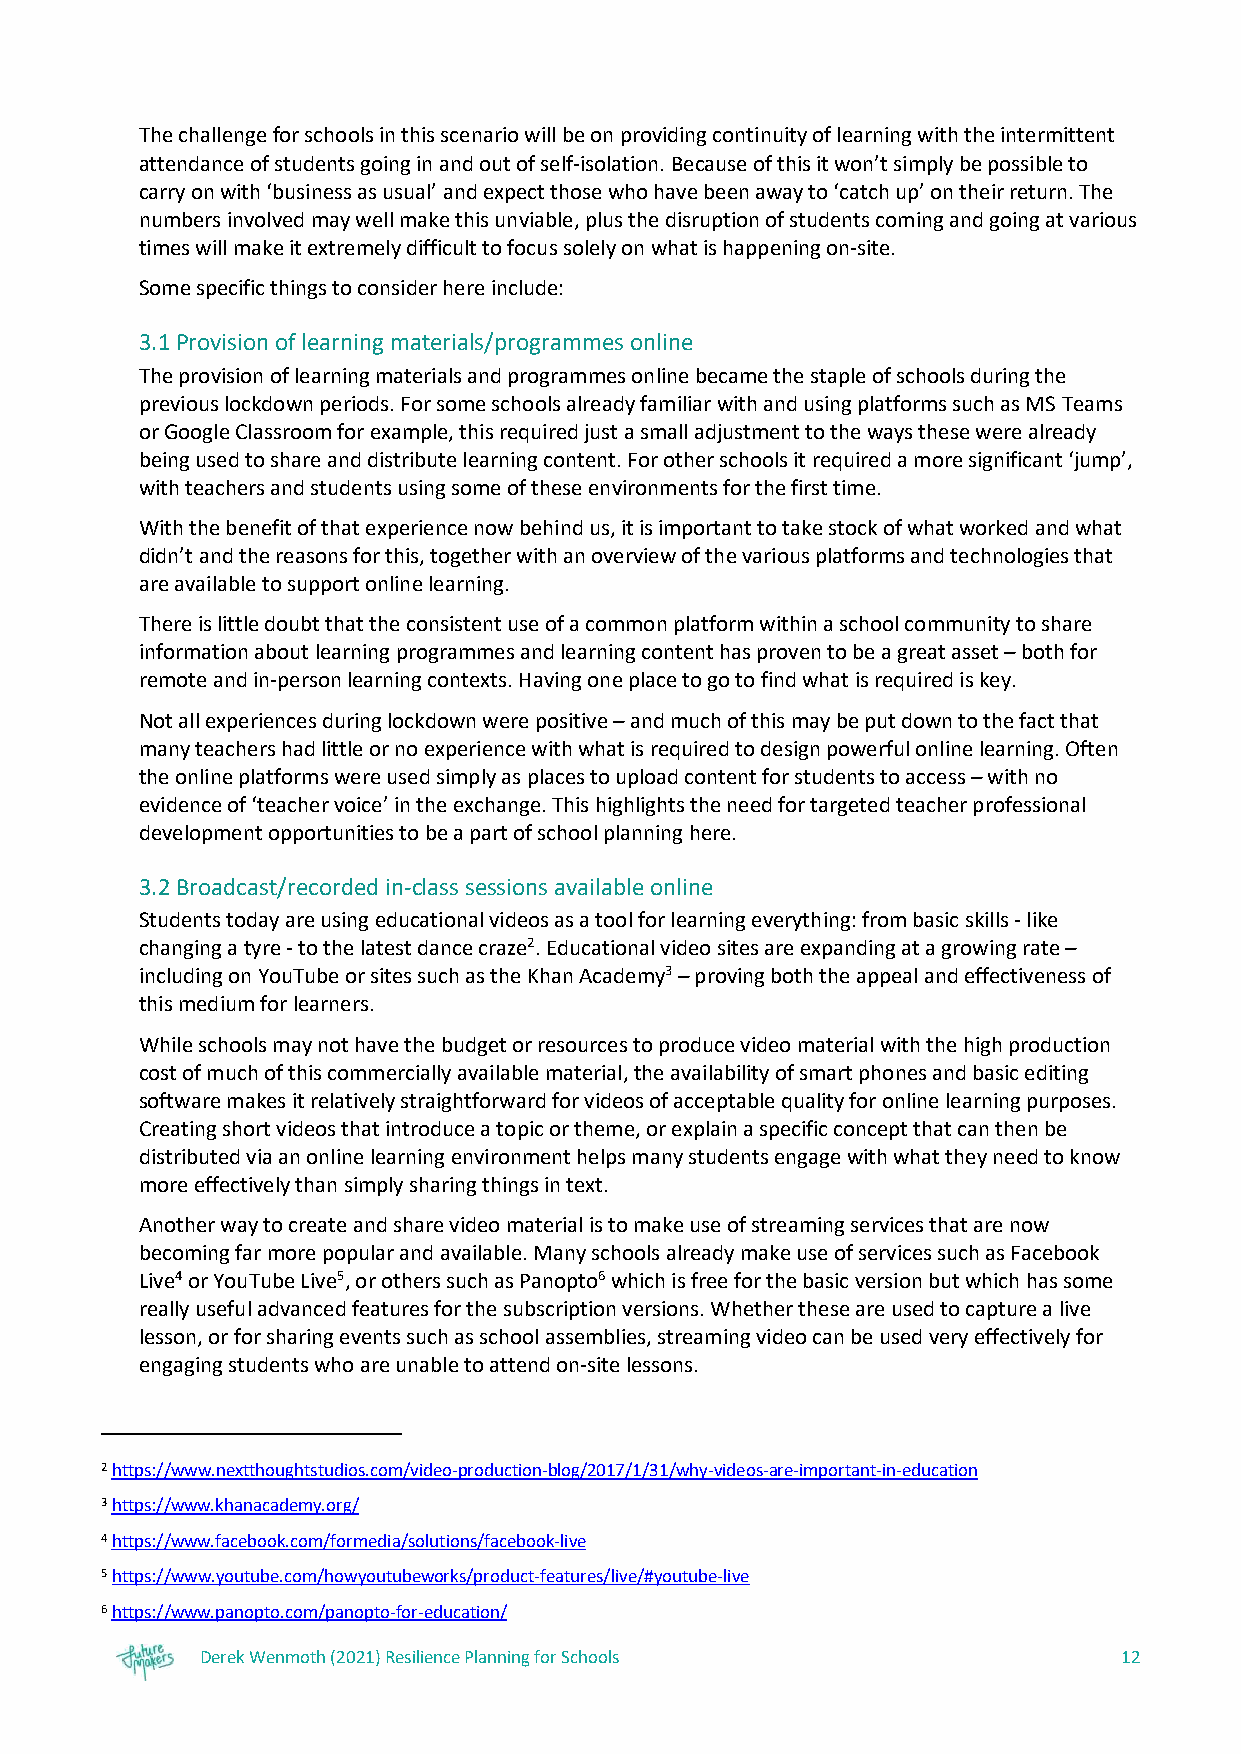
The challenge for schools in this scenario will be on providing continuity of learning with the intermittent
 attendance of students going in and out of self-isolation. Because of this it won’t simply be possible to
 carry on with ‘business as usual’ and expect those who have been away to ‘catch up’ on their return. The
 numbers involved may well make this unviable, plus the disruption of students coming and going at various
 times will make it extremely difficult to focus solely on what is happening on-site.
 Some specific things to consider here include:
 3.1 Provision of learning materials/programmes online
 The provision of learning materials and programmes online became the staple of schools during the
 previous lockdown periods. For some schools already familiar with and using platforms such as MS Teams
 or Google Classroom for example, this required just a small adjustment to the ways these were already
 being used to share and distribute learning content. For other schools it required a more significant ‘jump’,
 with teachers and students using some of these environments for the first time.
 With the benefit of that experience now behind us, it is important to take stock of what worked and what
 didn’t and the reasons for this, together with an overview of the various platforms and technologies that
 are available to support online learning.
 There is little doubt that the consistent use of a common platform within a school community to share
 information about learning programmes and learning content has proven to be a great asset – both for
 remote and in-person learning contexts. Having one place to go to find what is required is key.
 Not all experiences during lockdown were positive – and much of this may be put down to the fact that
 many teachers had little or no experience with what is required to design powerful online learning. Often
 the online platforms were used simply as places to upload content for students to access – with no
 evidence of ‘teacher voice’ in the exchange. This highlights the need for targeted teacher professional
 development opportunities to be a part of school planning here.
 3.2 Broadcast/recorded in-class sessions available online
 Students today are using educational videos as a tool for learning everything: from basic skills - like
 changing a tyre - to the latest dance craze2. Educational video sites are expanding at a growing rate –
 including on YouTube or sites such as the Khan Academy3 – proving both the appeal and effectiveness of
 this medium for learners.
 While schools may not have the budget or resources to produce video material with the high production
 cost of much of this commercially available material, the availability of smart phones and basic editing
 software makes it relatively straightforward for videos of acceptable quality for online learning purposes.
 Creating short videos that introduce a topic or theme, or explain a specific concept that can then be
 distributed via an online learning environment helps many students engage with what they need to know
 more effectively than simply sharing things in text.
 Another way to create and share video material is to make use of streaming services that are now
 becoming far more popular and available. Many schools already make use of services such as Facebook
 Live4 or YouTube Live5, or others such as Panopto6 which is free for the basic version but which has some
 really useful advanced features for the subscription versions. Whether these are used to capture a live
 lesson, or for sharing events such as school assemblies, streaming video can be used very effectively for
 engaging students who are unable to attend on-site lessons.
 2 https://www.nextthoughtstudios.com/video-production-blog/2017/1/31/why-videos-are-important-in-education
 3 https://www.khanacademy.org/
 4 https://www.facebook.com/formedia/solutions/facebook-live
 5 https://www.youtube.com/howyoutubeworks/product-features/live/#youtube-live
 6 https://www.panopto.com/panopto-for-education/
 Derek Wenmoth (2021) Resilience Planning for Schools         12